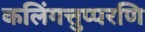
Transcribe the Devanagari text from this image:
कलिंगत्तुप्परणि